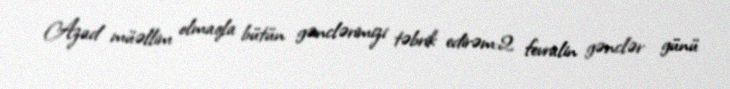
Azad müəllim olmaqla bütün gənclərimizi təbrik edirəm:2 fevralin gənclər günü